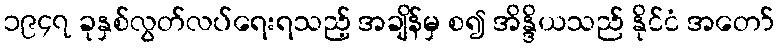
၁၉၄၇ ခုနှစ်လွတ်လပ်ရေးရသည့် အချိန်မှ စ၍ အိန္ဒိယသည် နိုင်ငံ အတော်